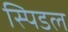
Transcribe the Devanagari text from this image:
स्पिडल